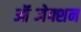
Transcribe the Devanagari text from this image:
ऑब्जेक्शन